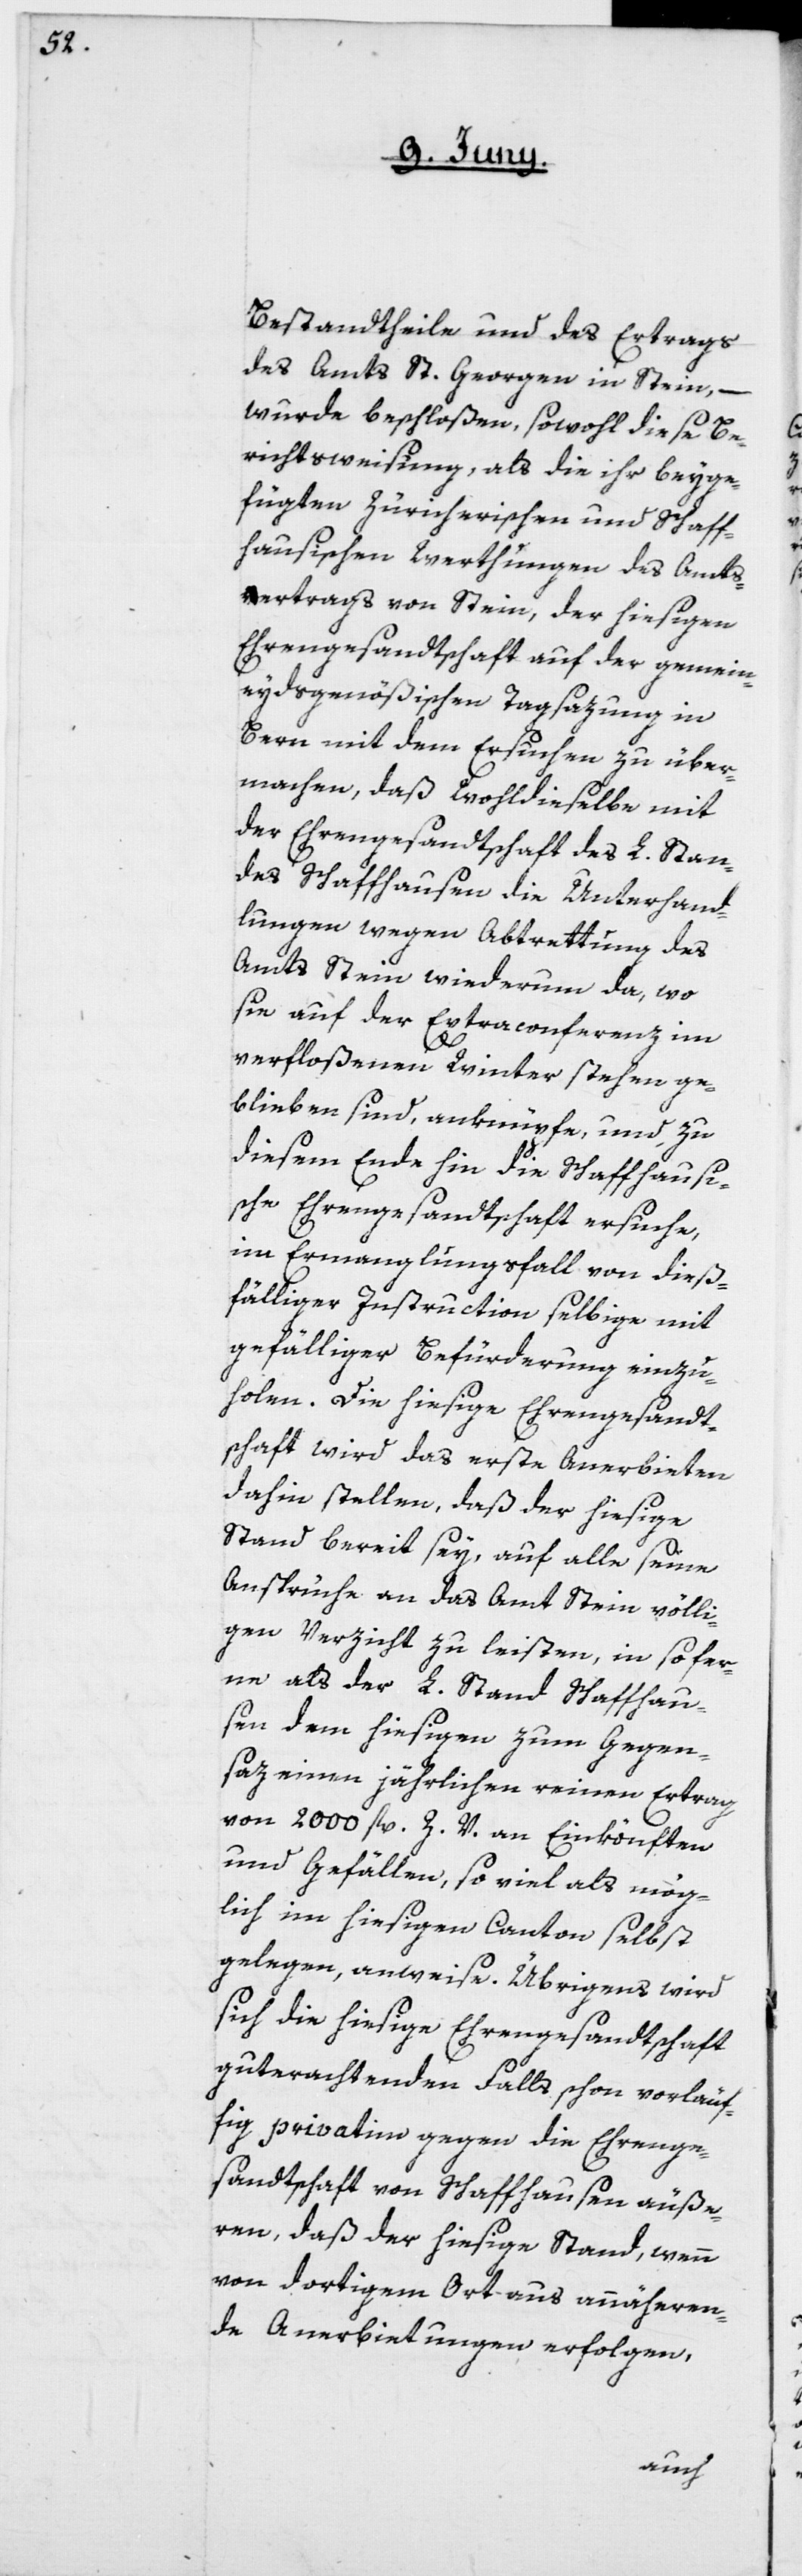
Bestandtheile und des Ertrags
des Amts St. Georgen in Stein, –
wurde beschloßen, sowohl diese Be¬
richtsweisung, als die ihr beyge¬
fügten Zürcherischen und Schaff¬
hausischen Werthungen des Amts¬
vertrags von Stein, der hiesigen
Ehrengesandtschaft auf der gemein¬
eydsgenößischen Tagsazung in
Bern mit dem Ersuchen zu über¬
machen, daß Wohldieselbe mit
der Ehrengesandtschaft des L. Stan¬
des Schaffhausen die Unterhand¬
lungen wegen Abtrettung des
Amts Stein wiederum da, wo
sie auf der Extraconferenz im
verfloßenen Winter stehen ge¬
blieben sind, anknüpfe, und zu
diesem Ende hin die Schaffhausi¬
sche Ehrengesandtschaft ersuche,
im Ermangelungsfall von dieß¬
fälliger Instruction selbige mit
gefälliger Befürderung einzu¬
holen. Die hiesige Ehrengesandt¬
schaft wird das erste Anerbieten
dahin stellen, daß der hiesige
Stand bereit sey, auf alle seine
Ansprüche an das Amt Stein völli¬
gen Verzicht zu leisten, in so fer¬
ne als der L. Stand Schaffhau¬
sen dem hiesigen zum Gegen¬
saz einen jährlichen reinen Ertrag
von 2000 fl. Z. V. an Einkönften
und Gefällen, so viel als mög¬
lich im hiesigen Canton selbst
gelegen, anweise. Übrigens wird
sich die hiesige Ehrengesandtschaft
guterachtenden Falls schon vorläuf¬
fig privatim gegen die Ehrenge¬
sandtschaft von Schaffhausen äuße¬
ren, daß der hiesige Stand, wenn
von dortigem Ort aus annäheren¬
de Anerbietungen erfolgen,